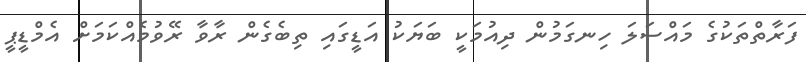
ފަރާތްތަކުގެ މައްސަލަ ހިނގަމުން ދިއުމަކީ ބަޔަކު އަޑީގައި ތިބެގެން ރާވާ ރޭވުމެއްކަމަށް އެމްޑީޕީ